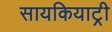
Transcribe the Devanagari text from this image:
सायकियाट्री